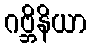
ဂဗ္ဘိနိယာ